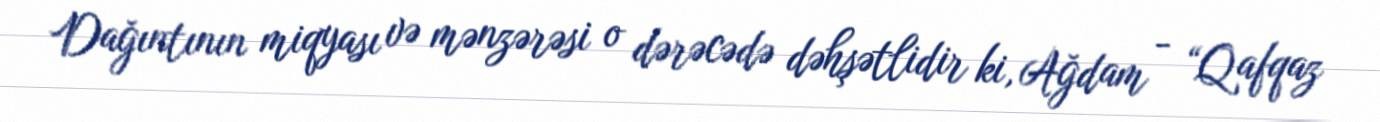
Dağıntının miqyası və mənzərəsi o dərəcədə dəhşətlidir ki, Ağdam - “Qafqaz